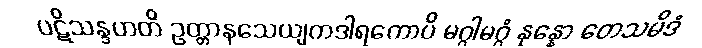
ပဋိသန္ဒဟတိ ဥတ္တာနသေယျကဒါရကောပိ မဂ္ဂါမဂ္ဂံ နုန္နော တေသမိဒံ